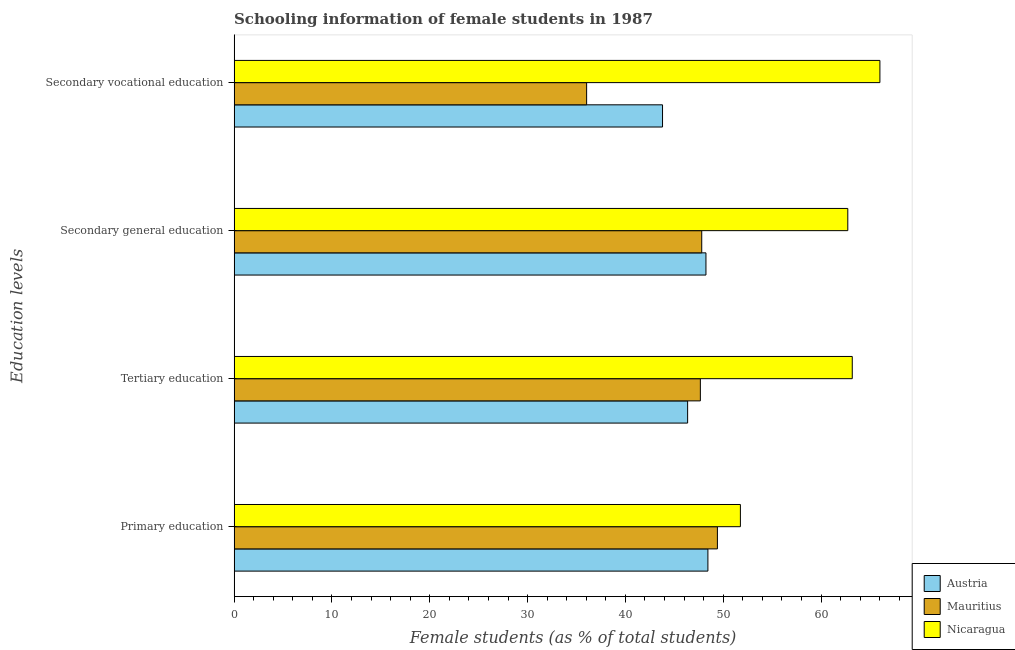
| Education levels | Austria | Mauritius | Nicaragua |
 | --- | --- | --- | --- |
 | Primary education | 48.4 | 49.4 | 51.8 |
 | Tertiary education | 46.4 | 47.7 | 63.2 |
 | Secondary general education | 48.2 | 47.8 | 62.7 |
 | Secondary vocational education | 43.8 | 36 | 66 |